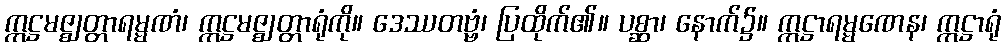
ဣဋ္ဌမဇ္ဈတ္တာရမ္မဏံ၊ ဣဋ္ဌမဇ္ဈတ္တာရုံကို။ ဒေဿတဗ္ဗံ၊ ပြထိုက်၏။ ပစ္ဆာ၊ နောက်၌။ ဣဋ္ဌာရမ္မဏေန၊ ဣဋ္ဌာရုံ